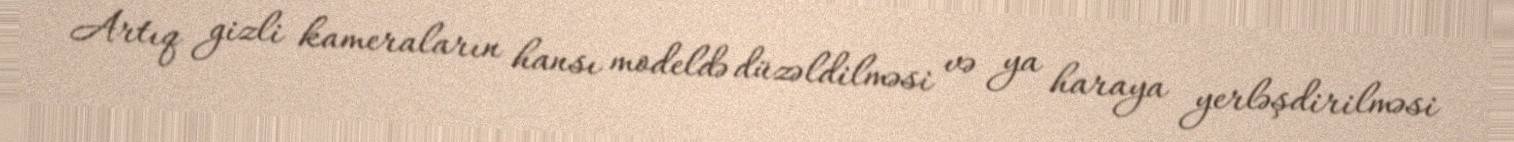
Artıq gizli kameraların hansı modeldə düzəldilməsi və ya haraya yerləşdirilməsi